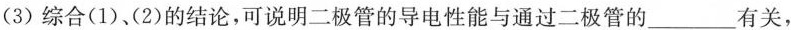
(3)综合(1)(2)的结论，可说明二极管的导电性能与通过二极管的___有关，